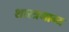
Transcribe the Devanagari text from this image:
शास्त्रमान्य